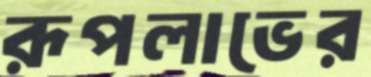
রূপলাভের